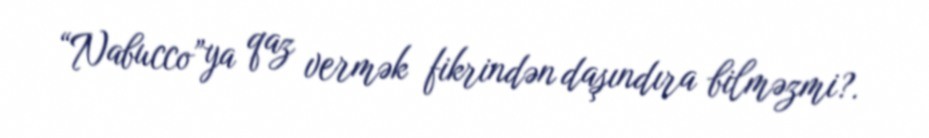
“Nabucco”ya qaz vermək fikrindən daşındıra bilməzmi?.